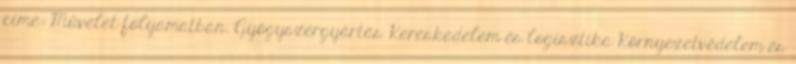
címe: Művelet folyamatban. Gyógyszergyártás Kereskedelem és logisztika Környezetvédelem és